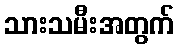
သားသမီးအတွက်